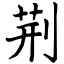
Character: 荆